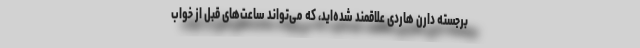
برجسته دارن هاردی علاقمند شده‌اید، که می‌تواند ساعت‌های قبل از خواب